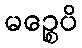
မဉ္စေပိ